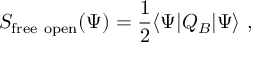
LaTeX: S _ { \mathrm { f r e e ~ o p e n } } ( \Psi ) = { \frac { 1 } { 2 } } \langle \Psi | Q _ { B } | \Psi \rangle \ ,